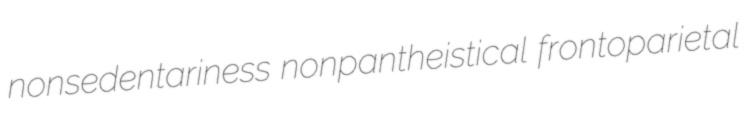
nonsedentariness nonpantheistical frontoparietal